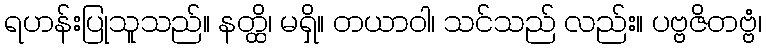
ရဟန်းပြုသူသည်။ နတ္ထိ၊ မရှိ။ တယာဝါ၊ သင်သည် လည်း။ ပဗ္ဗဇိတဗ္ဗံ၊